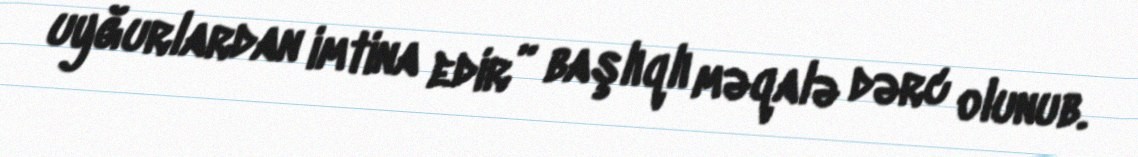
uyğurlardan imtina edir” başlıqlı məqalə dərc olunub.